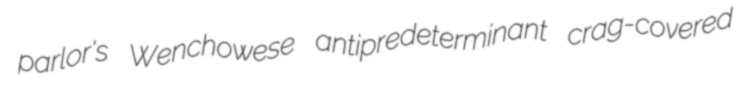
parlor's Wenchowese antipredeterminant crag-covered